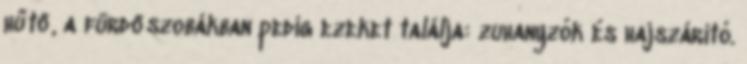
hűtő, a fürdőszobákban pedig ezeket találja: zuhanyzók és hajszárító.